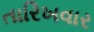
તારિખવાર